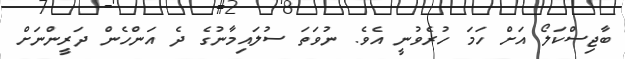
ބާޖިސްކަލޯ އަށް ހަމަ ހުރެވުނީ އެވެ. ނުވަތަ ސުލައިމާނުގެ ދެ އަންހެން ދަރީންނަށް